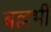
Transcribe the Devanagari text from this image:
बल्लभी